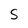
Character: S